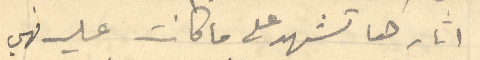
اثارها تشهد على ما كانت عليه فهي